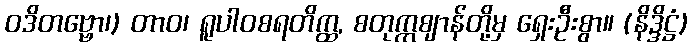
ဝဒိတဗ္ဗော၊) တာဝ၊ ရူပါဝစရတိက္ထ, စတုက္ကဈာန်တို့မှ ရှေးဦးစွာ။ (နိဒ္ဒိဋ္ဌံ)